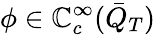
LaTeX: \phi\in\mathbb{C}_{c}^{\infty}(\bar{{Q}}_{T})